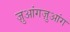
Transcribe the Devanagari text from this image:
ज़ुआंगज़ुआंग